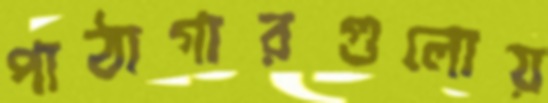
পাঠাগারগুলোয়